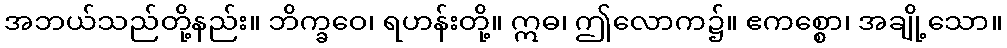
အဘယ်သည်တို့နည်း။ ဘိက္ခဝေ၊ ရဟန်းတို့။ ဣဓ၊ ဤလောက၌။ ဧကစ္စော၊ အချို့သော။